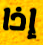
إذا